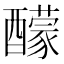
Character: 䤓